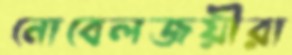
নোবেলজয়ীরা